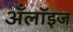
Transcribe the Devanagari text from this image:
अँलॉइज